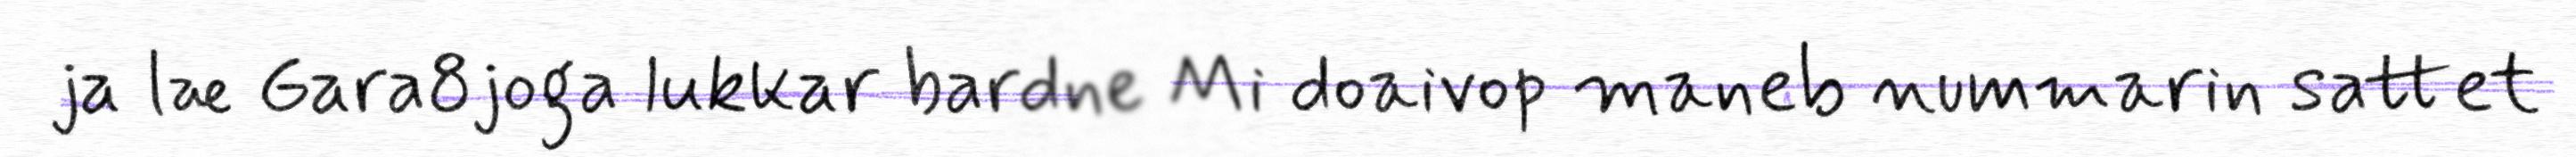
ja læ Gara8joga lukkar bardne Mi doaivop maneb nummarin sattet